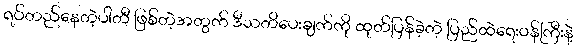
ရပ်တည်နေတဲ့ပါတီ ဖြစ်တဲ့အတွက် ဒီသတိပေးချက်ကို ထုတ်ပြန်ခဲ့တဲ့ ပြည်ထဲရေးဝန်ကြီးနဲ့